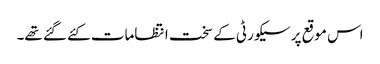
اس موقع پر سیکورٹی کے سخت انتظامات کئے گئے تھے۔